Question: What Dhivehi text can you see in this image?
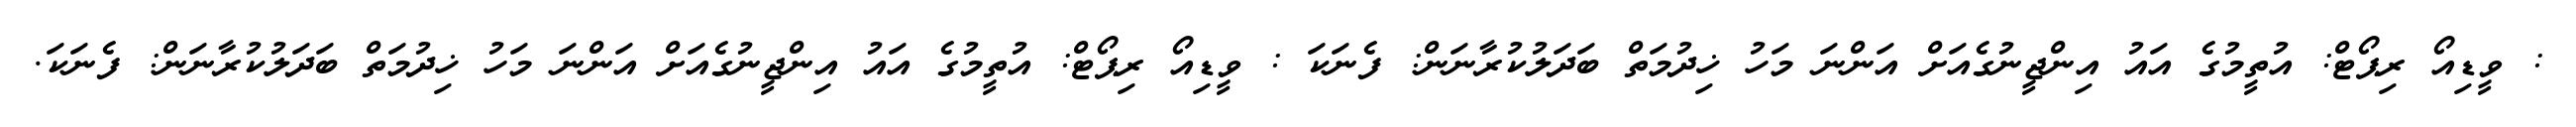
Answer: : ވީޑިއޯ ރިޕޯޓް: އުތީމުގެ އައު އިންޖީނުގެއަށް އަންނަ މަހު ޚިދުމަތް ބަދަލުކުރާނަން: ފެނަކަ : ވީޑިއޯ ރިޕޯޓް: އުތީމުގެ އައު އިންޖީނުގެއަށް އަންނަ މަހު ޚިދުމަތް ބަދަލުކުރާނަން: ފެނަކަ.